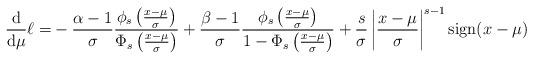
LaTeX: \begin{align*}\frac{\mathrm{d}}{\mathrm{d}\mu}\ell=&-\frac{\alpha-1}{\sigma}\frac{\phi_s\left(\frac{x-\mu}{\sigma}\right)}{\Phi_s\left(\frac{x-\mu}{\sigma}\right)}+\frac{\beta-1}{\sigma}\frac{\phi_s\left(\frac{x-\mu}{\sigma}\right)}{1-\Phi_s\left(\frac{x-\mu}{\sigma}\right)}+\frac{s}{\sigma}\left|\frac{x-\mu}{\sigma}\right|^{s-1}\mathrm{sign}(x-\mu)\end{align*}